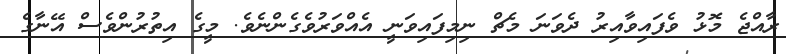
ރާއްޖެ މޮޅު ވެފައިވާއިރު ދެވަނަ މެޗް ނިމިފައިވަނީ އެއްވަރުވެގެންނެވެ. މީގެ އިތުރުންވެސް އޭނާގެ